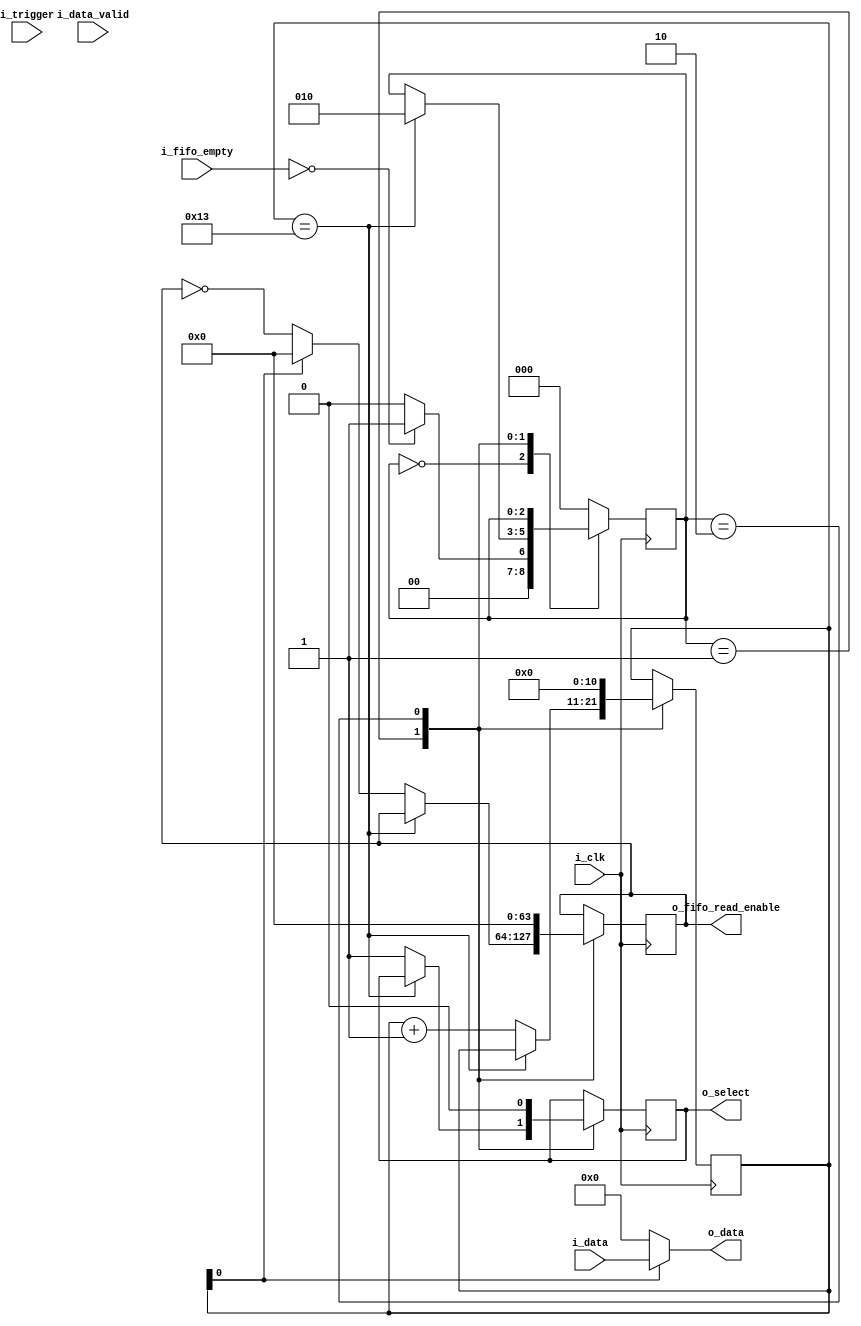
module controller #(
   parameter COL = 64,
   parameter ROW = 9
) (
   input i_clk,
   input i_trigger,
   input [(COL * 32) -1 : 0] i_data,
   input [COL-1:0] i_fifo_empty,
   input [COL-1:0] i_data_valid,
   output [COL-1:0] o_fifo_read_enable,
   output o_select,
   output [(COL * 32) -1 :  0] o_data
);
    
reg [COL-1:0] rden = 0;
reg [2:0] state = 0;
reg sel = 0;
//   reg [4:0] counter = 0;
reg [($clog2(COL * 32))-1 : 0] counter = 0;


assign o_fifo_read_enable = rden;
assign o_select = sel;
/*
always @(posedge i_clk)begin
    case(state)
        0: begin
            if(i_fifo_empty == 0)
            state <= 1;
            else
            state <= 0;
        end

        1: begin
            sel <= 1;
            if(counter[0] == 1)
            rden <= 0; 
            else
            rden <= ~rden;
            state <= 2;	
        end

        2: begin
            if(counter == (2 * ROW))begin
            counter <= 0;
            sel <= 0;
            rden <= 0;	
            end else begin
            counter <= counter + 1;
            state <= 1;
            
            end
        end
        
        default : begin
            state <= 0;
        end
    endcase
end
*/

assign o_data = (~counter[0]) ? 96'd0 : i_data;
always @(posedge i_clk)begin
    case(state)
        0: begin
            if(i_fifo_empty == 0)
                state <= 1;
            else
                state <= 0;
        end
        
        1: begin
            if(counter == (2 * ROW) + 1)begin
                state <= 2;
            end else begin
                counter <= counter + 1;
                sel <= 1'b1;
                if(counter[0] == 1)
                    rden <= 0;
                else 
                    rden <= ~rden;
            end
        end
        
        2: begin
            counter <= 0;
            sel <= 0;
            rden <= 0;
        end
        
        default : begin
            state <= 0;
        end
    endcase
end

/*
always @(posedge i_clk)begin
    case(state)
    //    0: begin
      //      rden <= 0;
        //    sel <= 0;
          //  counter <= 0;
            //    if(i_trigger)
              //      state <= 1;
             //   else
             //       state <= 0;
       // end
       //
        0: begin
           // if((i_fifo_empty == 0) && (i_data_valid[COL-1] == 1))begin   
             if(i_fifo_empty == 0) begin
                sel <= 1'b1;
                if(~counter[0])begin
                    rden <= 0;
                end else begin
                    rden <= ~rden;
                end
                counter <=  counter + 1;
                
                if( counter == (2 * ROW))begin
//                if(counter == (COL * 32) - 1)begin //TODO: Correct this condition
                    counter <= 0;
                    //state <= 0;
                    sel <= 1'b0;
                end
                else begin
                    state <= 0;
                end
            end
            else begin
            counter <=  counter;
            sel <= 1'b0;
            rden <= 0;
            state <= 0;
            end
        end
    endcase
end
*/
/*
always @(posedge i_clk) begin
	if(i_fifo_empty == 0) begin
		sel <= 1'b1;
		if(~counter[0]) begin
			rden <= 0;
		end else begin
			rden <= ~rden;
		end
		//counter <= counter + 1;

		if(counter == ( 2 * ROW))begin
			counter <= 0;
			sel <= 1'b0;
            rden <= 0;
		end	
        //logic
        else begin
            counter <= counter + 1;
        end
	end else begin
		counter <= counter;
		sel <= 1'b0;
		rden <= 0;
	end
end*/

endmodule